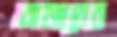
বাজারের